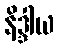
နိဒ္ဒါယ